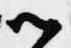
以